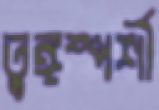
তুঙ্গস্পর্শী